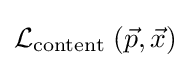
{\mathcal {L}}_{\text{content }}({\vec {p}},{\vec {x}})